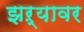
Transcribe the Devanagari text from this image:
झऱ्यावर